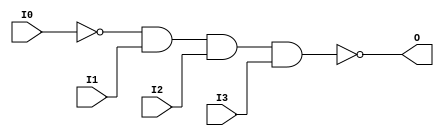
// $Header: /devl/xcs/repo/env/Databases/CAEInterfaces/xec_libs/data/unisims/NAND4B1.v,v 1.1 2005/05/10 01:20:06 wloo Exp $

/*

FUNCTION	: 4-INPUT NAND GATE

*/

`celldefine
`timescale  100 ps / 10 ps

module NAND4B1 (O, I0, I1, I2, I3);

    output O;

    input  I0, I1, I2, I3;

    not N0 (i0_inv, I0);
    nand A1 (O, i0_inv, I1, I2, I3);

endmodule